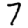
Digit: 7